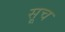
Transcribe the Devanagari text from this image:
सूच